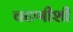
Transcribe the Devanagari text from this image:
चटणीशी